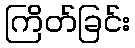
ကြိတ်ခြင်း